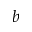
b